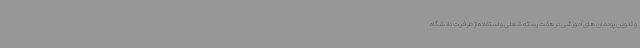
و تدوین پودمان های آموزشی در هفت رسته شغلی و استفاده از ظرفیت دانشگاه